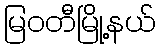
မြဝတီမြို့နယ်